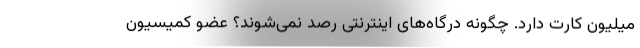
میلیون کارت دارد. چگونه درگاه‌های اینترنتی رصد نمی‌شوند؟ عضو کمیسیون